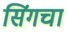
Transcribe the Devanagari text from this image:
सिंगचा